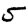
Digit: 5